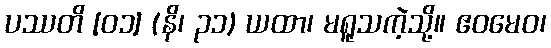
ပဿတိ [၀၁] (နိ၊ ၃၁) ယထာ၊ မရူသကဲ့သို့။ ဧဝမေဝ၊